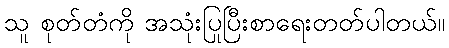
သူ စုတ်တံကို အသုံးပြုပြီးစာရေးတတ်ပါတယ်။